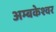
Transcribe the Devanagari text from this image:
अम्बकेश्वर